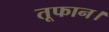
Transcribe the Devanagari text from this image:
तूफान।